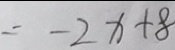
= - 2 x + 8